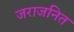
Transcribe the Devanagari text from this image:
जराजनित